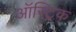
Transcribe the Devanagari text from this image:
ऑस्ट्रिक